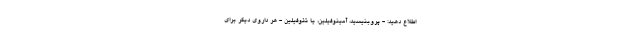
اطلاع دهید: - پروبنیسید، آمینوفیلین، یا تئوفیلین - هر داروی دیگر برای